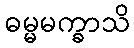
ဓမ္မမက္ခာသိ